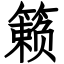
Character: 籁